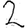
Digit: 2